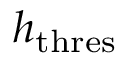
h _ { \mathrm { t h r e s } }